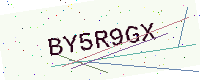
Text: BY5R9GX